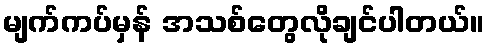
မျက်ကပ်မှန် အသစ်တွေလိုချင်ပါတယ်။